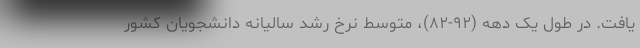
یافت. در طول یک دهه (۹۲-۸۲)، متوسط نرخ رشد سالیانه دانشجویان کشور